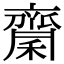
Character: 𪗉